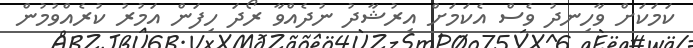
ކަމަކަށް ވާހިނދު ވެސް އެކަމަށް އިރުޝާދު ނުދެއްވާ ރޯދަ ހިފަން އަމުރު ކުރެއްވުމުން